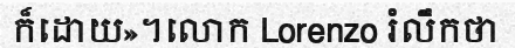
ក៏ដោយ»។លោក Lorenzo រំលឹកថា